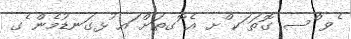
ެވ ްސ ގޮތަ ަކ ްށ އެ ޮގތަށް ައ ުޅގަނޑުމެން ެގ